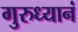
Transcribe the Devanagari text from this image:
गुरुध्यानं